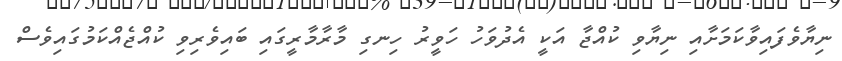
ނިޔާވެފައިވާކަމަށާއި ނިޔާވި ކުއްޖާ އަކީ އެދުވަހު ހަވީރު ހިނގި މާރާމާރީގައި ބައިވެރިވި ކުއްޖެއްކަމުގައިވެސް